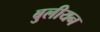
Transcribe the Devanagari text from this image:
बुलीयन